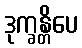
ဒုက္ခန္တိပေ